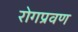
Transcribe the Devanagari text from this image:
रोगप्रवण